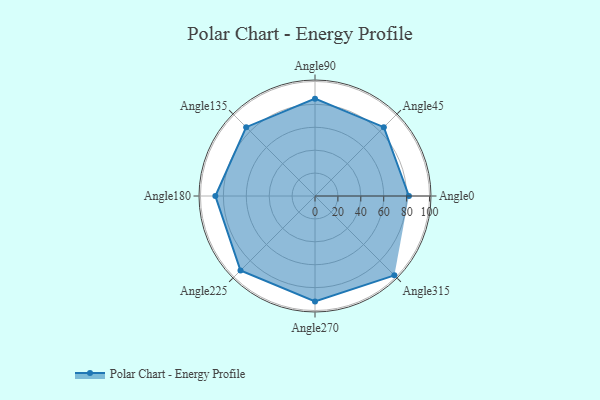
{"axis": {"x": "Angle", "y": "Radius"}, "legend": [""], "data": [{"x": "Angle0", "y": 82.0, "type": ""}, {"x": "Angle45", "y": 85.0, "type": ""}, {"x": "Angle90", "y": 85.0, "type": ""}, {"x": "Angle135", "y": 85.0, "type": ""}, {"x": "Angle180", "y": 87.0, "type": ""}, {"x": "Angle225", "y": 92.0, "type": ""}, {"x": "Angle270", "y": 92.0, "type": ""}, {"x": "Angle315", "y": 98.0, "type": ""}]}